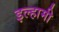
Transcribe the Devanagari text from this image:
इल्हामी